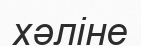
хәліне